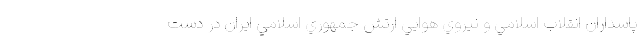
پاسداران انقلاب اسلامي و نيروي هوايي ارتش جمهوري اسلامي ايران در دست